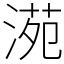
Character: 𣸱